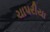
ચાપરીયા